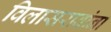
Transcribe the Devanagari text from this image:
विलासरावांना